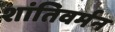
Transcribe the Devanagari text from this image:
शांतिवर्मन